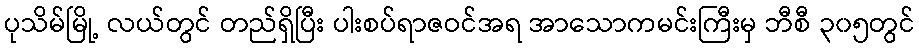
ပုသိမ်မြို့ လယ်တွင် တည်ရှိပြီး ပါးစပ်ရာဇဝင်အရ အာသောကမင်းကြီးမှ ဘီစီ ၃၀၅တွင်